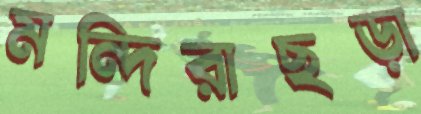
মন্দিরাছড়া